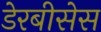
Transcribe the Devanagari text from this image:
डेरबीसेस